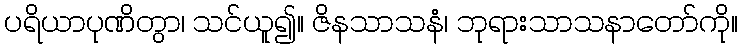
ပရိယာပုဏိတွာ၊ သင်ယူ၍။ ဇိနသာသနံ၊ ဘုရားသာသနာတော်ကို။